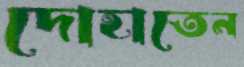
দোহাতেন